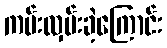
ကမ်းလှမ်းခဲ့ကြောင်း